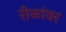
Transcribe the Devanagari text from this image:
रीळांवर